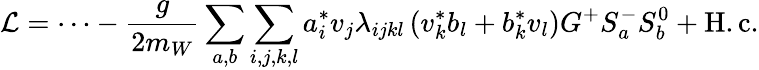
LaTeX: {\cal L}=\cdots-\frac{g}{2m_{W}}\sum_{a,b}\sum_{i,j,k,l}a_{i}^{*}v_{j}\lambda_{ijkl}\left(v_{k}^{*}b_{l}+b_{k}^{*}v_{l}\right)G^{+}S_{a}^{-}S_{b}^{0}+\mathrm{H.c.}